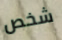
شخص